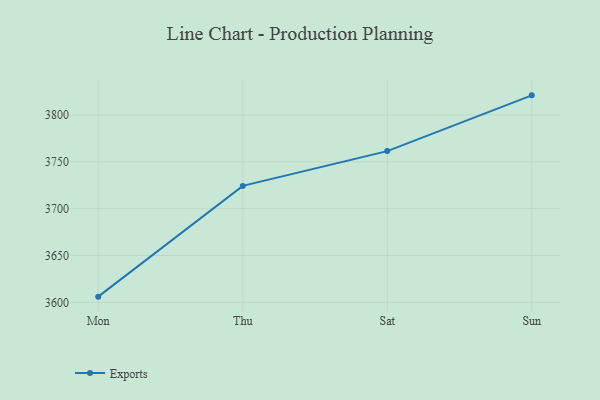
{"axis": {"x": "Day", "y": "Conversion Rate (%)"}, "legend": ["Exports"], "data": [{"x": "Mon", "y": 3606.1, "type": "Exports"}, {"x": "Thu", "y": 3724.3, "type": "Exports"}, {"x": "Sat", "y": 3761.4, "type": "Exports"}, {"x": "Sun", "y": 3820.9, "type": "Exports"}]}